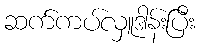
ဆက်ကပ်လှူဒါန်းပြီး